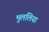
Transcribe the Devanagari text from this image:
भुललिया